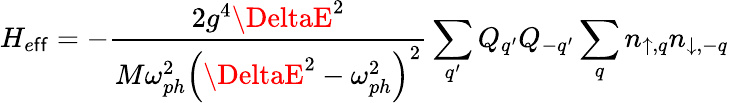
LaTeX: H_{e\mathsf{f}\mathsf{f}}=-\frac{{2g^{4}\DeltaE^{2}}}{{M\omega_{ph}^{2}\left(\DeltaE^{2}-\omega_{ph}^{2}\right)^{2}}}\sum_{q^{\prime}}Q_{q^{\prime}}Q_{-q^{\prime}}\sum_{q}n_{\uparrow,q}n_{\downarrow,-q}